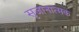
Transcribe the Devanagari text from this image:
सृजानात्मक